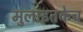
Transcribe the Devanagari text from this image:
मुलाइतकेच